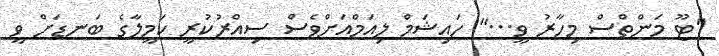
"ޓޫ މަންތްސް މިހާރު ވީ..." ހައިޝަމް ލިއަމްއަށްވެސް ސިއްރުކުރީ ކަމީލާގެ ބަނޑަށް ވީ